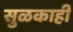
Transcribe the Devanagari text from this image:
सुळकाही